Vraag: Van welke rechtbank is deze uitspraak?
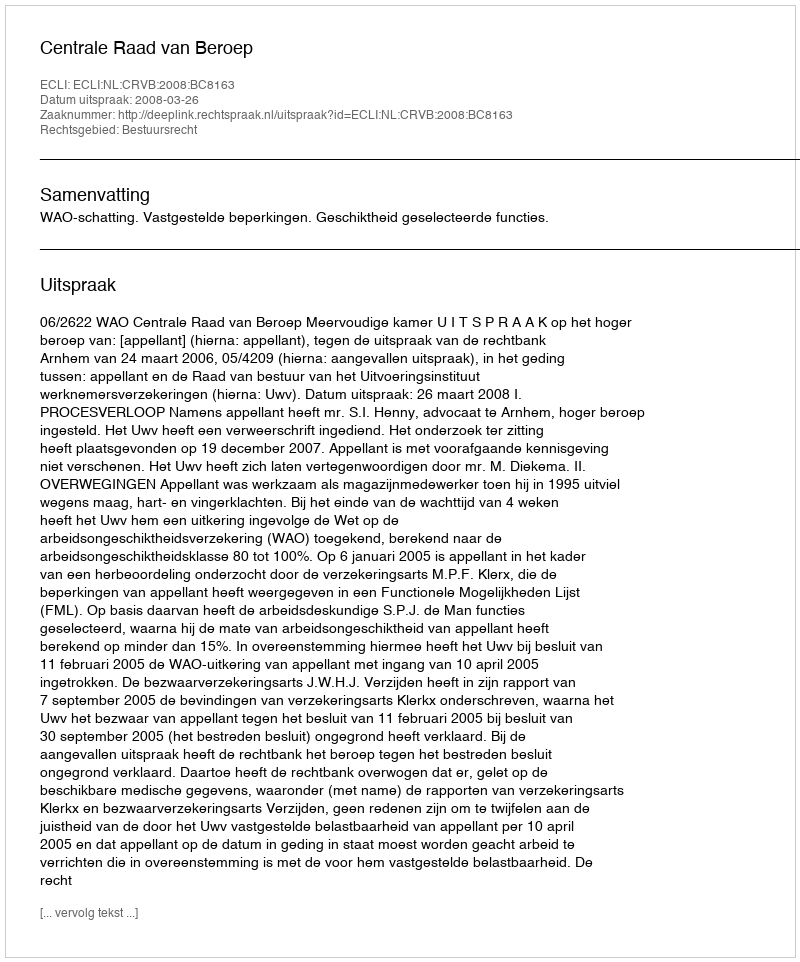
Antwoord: Centrale Raad van Beroep